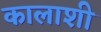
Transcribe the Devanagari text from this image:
कालाशी